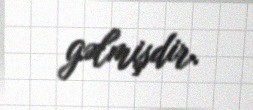
gəlmişdir.